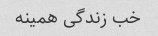
خب زندگی همینه